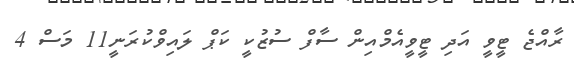
ރާއްޖެ ޓީވީ އަދި ޓީވީއެމްއިން ސާފް ސުޒުކީ ކަޕް ލައިވްކުރަނީ11 މަސް 4